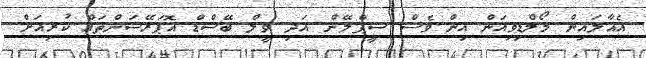
އެއާލައިން މޯލްޑިވިއަން އިން ވެސް ސީޕްލޭން އަދި ވީލް ބޭސްޑް އޮޕަރޭޝަންތައް ކުރިއަށް